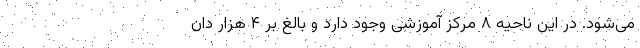
می‌شود. در این ناحیه ۸ مرکز آموزشی وجود دارد و بالغ بر ۴ هزار دان